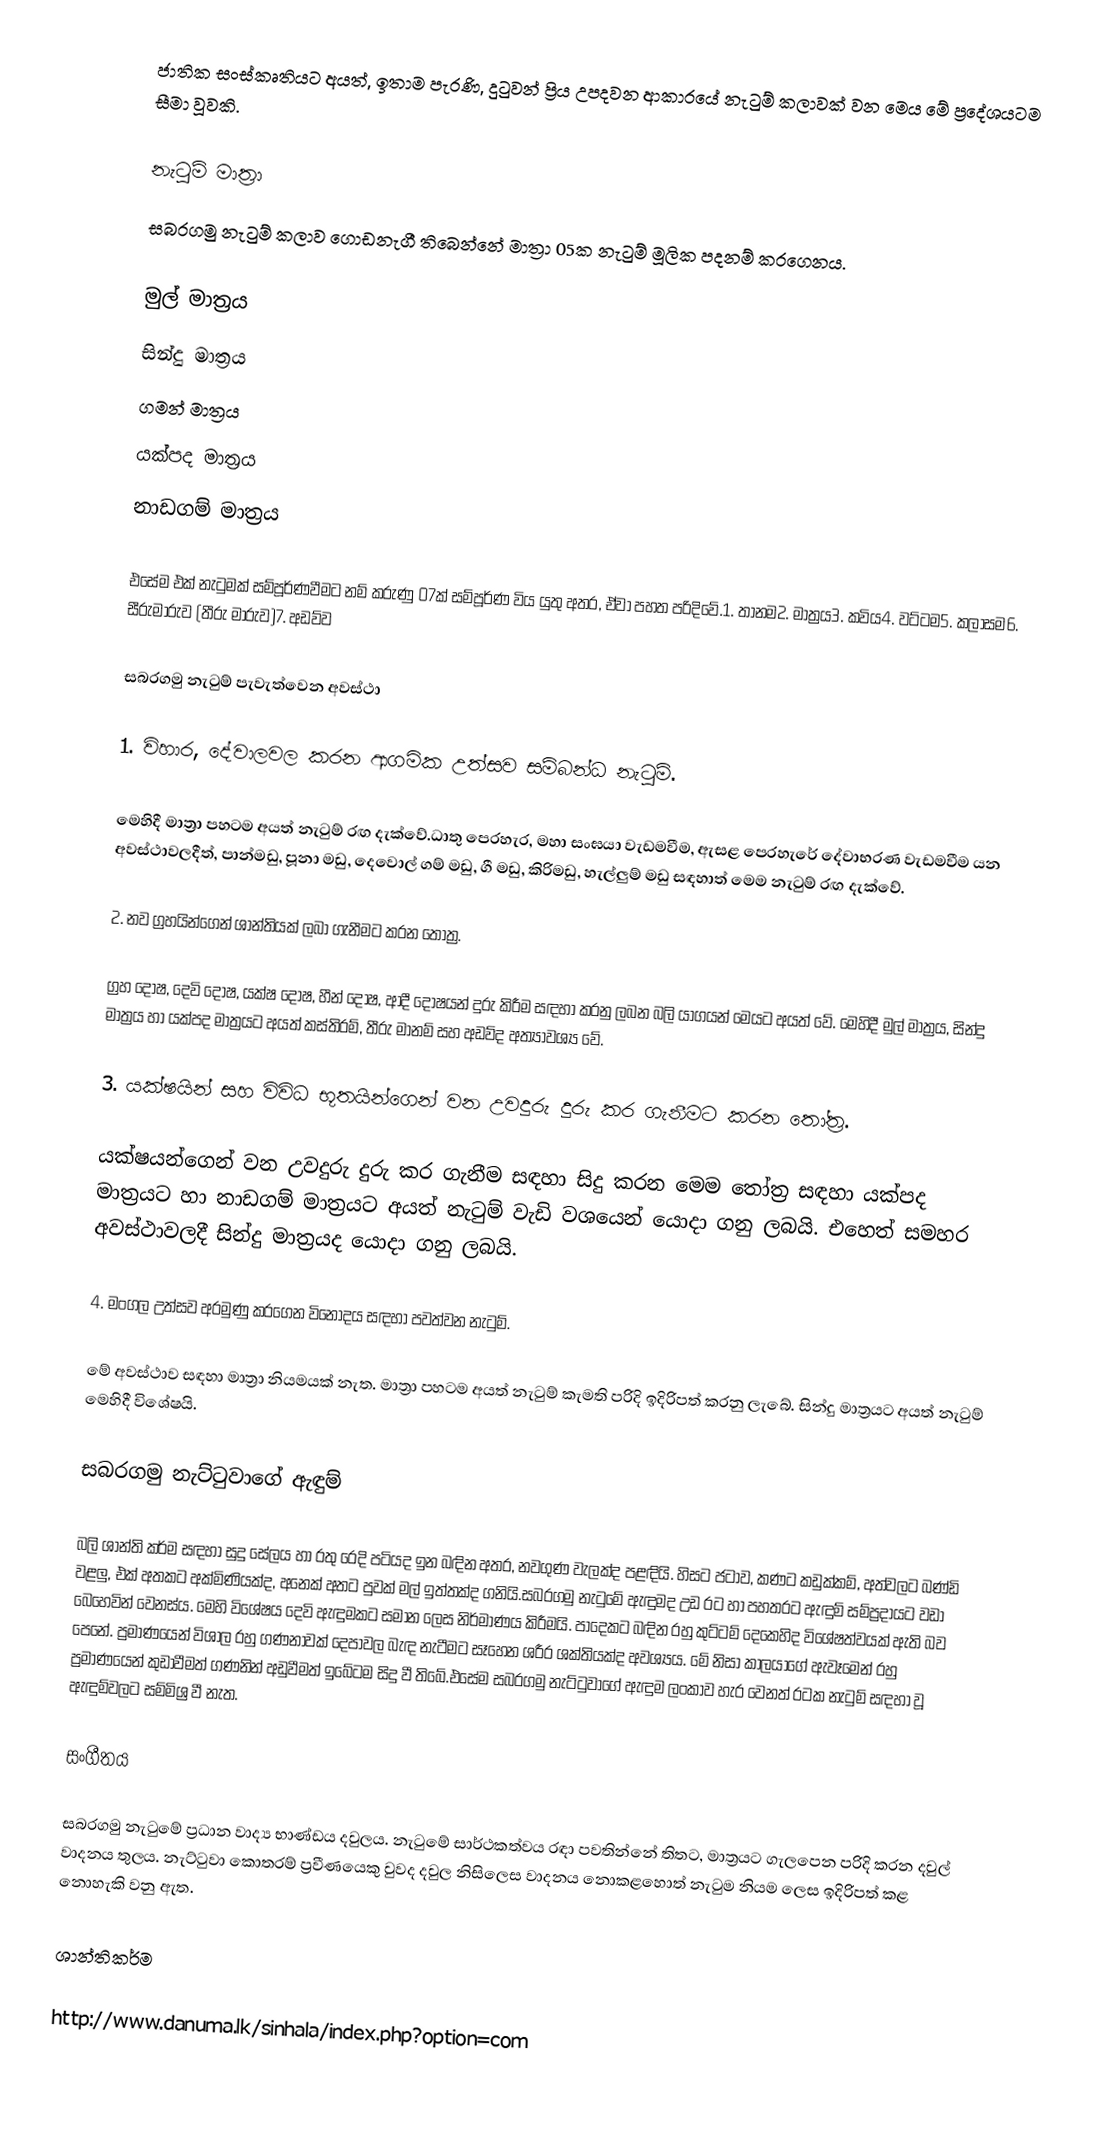
ජාතික සංස්කෘතියට අයත්, ඉතාම පැරණි, දු‍ටුවන් ප්‍රිය උපදවන ආකාරයේ නැටුම් කලාවක් වන මෙය මේ ප්‍රදේශයටම සීමා වූවකි.

නැටුම් මාත්‍රා
සබරගමු නැටුම් කලාව ගොඩනැගී තිබෙන්නේ මාත්‍රා 05ක නැටුම් මූලික පදනම් කරගෙනය.

 මුල් මාත්‍රය
 සින්දු මාත්‍රය
 ගමන් මාත්‍රය
 යක්පද මාත්‍රය
 නාඩගම් මාත්‍රය

එසේම එක් නැටුමක් සම්පූර්ණවීමට නම් කරුණු 07ක් සම්පූර්ණ විය යුතු අතර, ඒවා පහත පරිදිවේ.1. තානම2. මාත්‍රය3. කවිය4. වට්ටම5. කලාසම6. සීරුමාරුව (තීරු මාරුව)7. අඩව්ව

සබරගමු නැටුම් පැවැත්වෙන අවස්ථා

1. විහාර, දේවාලවල කරන ආගමික උත්සව සම්බන්ධ නැටුම්.

මෙහිදී මාත්‍රා පහටම අයත් නැටුම් රඟ දැක්වේ.ධාතු පෙරහැර, මහා සංඝයා වැඩමවීම, ඇසළ පෙරහැරේ දේවාභරණ වැඩමවීම යන අවස්ථාවලදීත්, පාන්මඩු, පූනා මඩු, දෙවොල් ගම් මඩු, ගී මඩු, කිරිමඩු, හැල්ලුම් මඩු සඳහාත් මෙම නැටුම් රඟ දැක්වේ.

2. නව ග්‍රහයින්ගෙන් ශාන්තියක් ලබා ගැනීමට කරන තෝත්‍ර.

ග්‍රහ දෝෂ, දෙවි දෝෂ, යක්ෂ දෝෂ, හීන් දෝෂ, ආදී දෝෂයන් දුරු කිරීම සඳහා කරනු ලබන බලි යාගයන් මෙයට අයත් වේ. මෙහිදී මුල් මාත්‍රය, සින්දු මාත්‍රය හා යක්පද මාත්‍රයට අයත් කස්තිරම්, තීරු මානම් සහ අඩව්ද අත්‍යාවශ්‍ය වේ.

3. යක්ෂයින් සහ විවිධ භූතයින්ගෙන් වන උවදුරු දුරු කර ගැනීමට කරන තෝත්‍ර.

යක්ෂයන්ගෙන් වන උවදුරු දුරු කර ගැනීම සඳහා සිදු කරන මෙම තෝත්‍ර සඳහා යක්පද මාත්‍රයට හා නාඩගම් මාත්‍රයට අයත් නැටුම් වැඩි වශයෙන් යොදා ගනු ලබයි. එහෙත් සමහර අවස්ථාවලදී සින්දු මාත්‍රයද යොදා ගනු ලබයි.

4. මංගල උත්සව අරමුණු කරගෙන විනෝදය සඳහා පවත්වන නැටුම්.

මේ අවස්ථාව සඳහා මාත්‍රා නියමයක් නැත. මාත්‍රා පහටම අයත් නැ‍ටුම් කැමති පරිදි ඉදිරිපත් කරනු ලැබේ. සින්දු මාත්‍රයට අයත් නැටුම් මෙහිදී විශේෂයි.

සබරගමු නැට්ටුවාගේ ඇඳුම්

බලි ශාන්ති කර්ම සඳහා සුදු සේලය හා රතු රෙදි පටියද ඉන බඳින අතර, නවගුණ වැලක්ද පළඳියි. හිසට ජටාව, කණට කඩුක්කම්, අත්වලට බණ්ඩි වළලු, එක් අතකට අක්මිණියක්ද, අනෙක් අතට පුවක් මල් ඉත්තක්ද ගනියි.සබරගමු නැටුමේ ඇඳුමද උඩ රට හා පහතරට ඇඳුම් සම්ප්‍රදායට වඩා බෙහෙවින් වෙනස්ය. මෙහි විශේෂය දෙවි ඇඳුමකට සමාන ලෙස නිර්මාණය කිරීමයි. පාදෙකට බඳින රහු කු‍ට්ටම් දෙකෙහිද විශේෂත්වයක් ඇති බව පෙනේ. ප්‍රමාණයෙන් විශාල රහු ගණනාවක් දෙපාවල බැඳ නැටීමට සෑහෙන ශරීර ශක්තියක්ද අවශ්‍යය. මේ නිසා කාලයාගේ ඇවෑමෙන් රහු ප්‍රමාණයෙන් කුඩාවීමත් ගණනින් අඩුවීමත් ‍ඉබේටම සිදු වී තිබේ.එසේම සබරගමු නැට්ටුවාගේ ඇඳුම ලංකාව හැර වෙනත් රටක නැටුම් සඳහා වූ ඇඳුම්වලට සම්මිශ්‍ර වී නැත.

සංගීතය

සබරගමු නැටුමේ ප්‍රධාන වාද්‍ය භාණ්ඩය දවුලය. නැටුමේ සාර්ථකත්වය රඳා පවතින්නේ තිතට, මාත්‍රයට ගැලපෙන පරිදි කරන දවුල් වාදනය තුලය. නැට්ටුවා කොතරම් ප්‍රවීණයෙකු වුවද දවුල නිසිලෙස වාදනය නොකළහොත් නැටුම නියම ලෙස ඉදිරිපත් කළ නොහැකි වනු ඇත.

ශාන්තිකර්ම

http://www.danuma.lk/sinhala/index.php?option=com